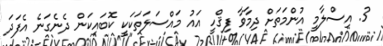
3. އިސްލާމީ އުންމަތަށް ދިމާވާ ފިޤްހީ އައު މައްސަލަތަކަކީ ކޮބައިކަން ދެނެގަނެ އެފަދަ